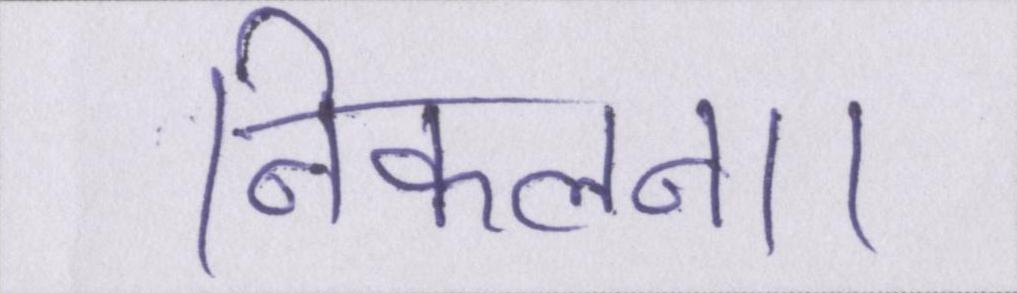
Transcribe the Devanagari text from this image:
निकलना।